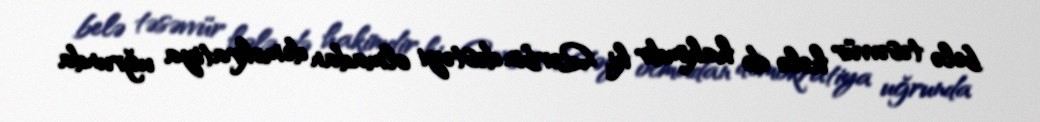
belə təsəvvür hələ də hakimdir ki, Qərbin dəstəyi olmadan demokratiya uğrunda